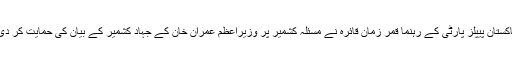
پاکستان پیپلز پارٹی کے رہنما قمر زمان قائرہ نے مسئلہ کشمیر پر وزیراعظم عمران خان کے جہادِ کشمیر کے بیان کی حمایت کر دی۔